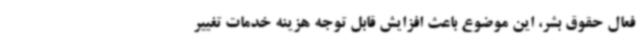
فعال حقوق بشر، این موضوع باعث افزایش قابل توجه هزینه‌ خدمات تغییر